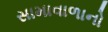
સામાવાળાનો